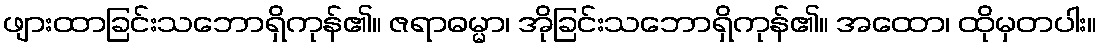
ဖျားထာခြင်းသဘောရှိကုန်၏။ ဇရာဓမ္မာ၊ အိုခြင်းသဘောရှိကုန်၏။ အထော၊ ထိုမှတပါး။